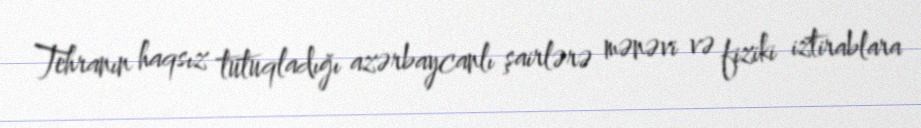
Tehranın haqsız tutuqladığı azərbaycanlı şairlərə mənəvi və fiziki iztirablara